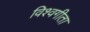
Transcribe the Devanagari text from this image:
विश्वगीता